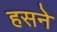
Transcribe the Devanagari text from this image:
हसने